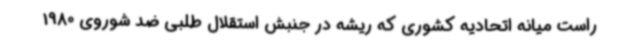
راست میانه اتحادیه کشوری که ریشه در جنبش استقلال طلبی ضد شوروی 1980